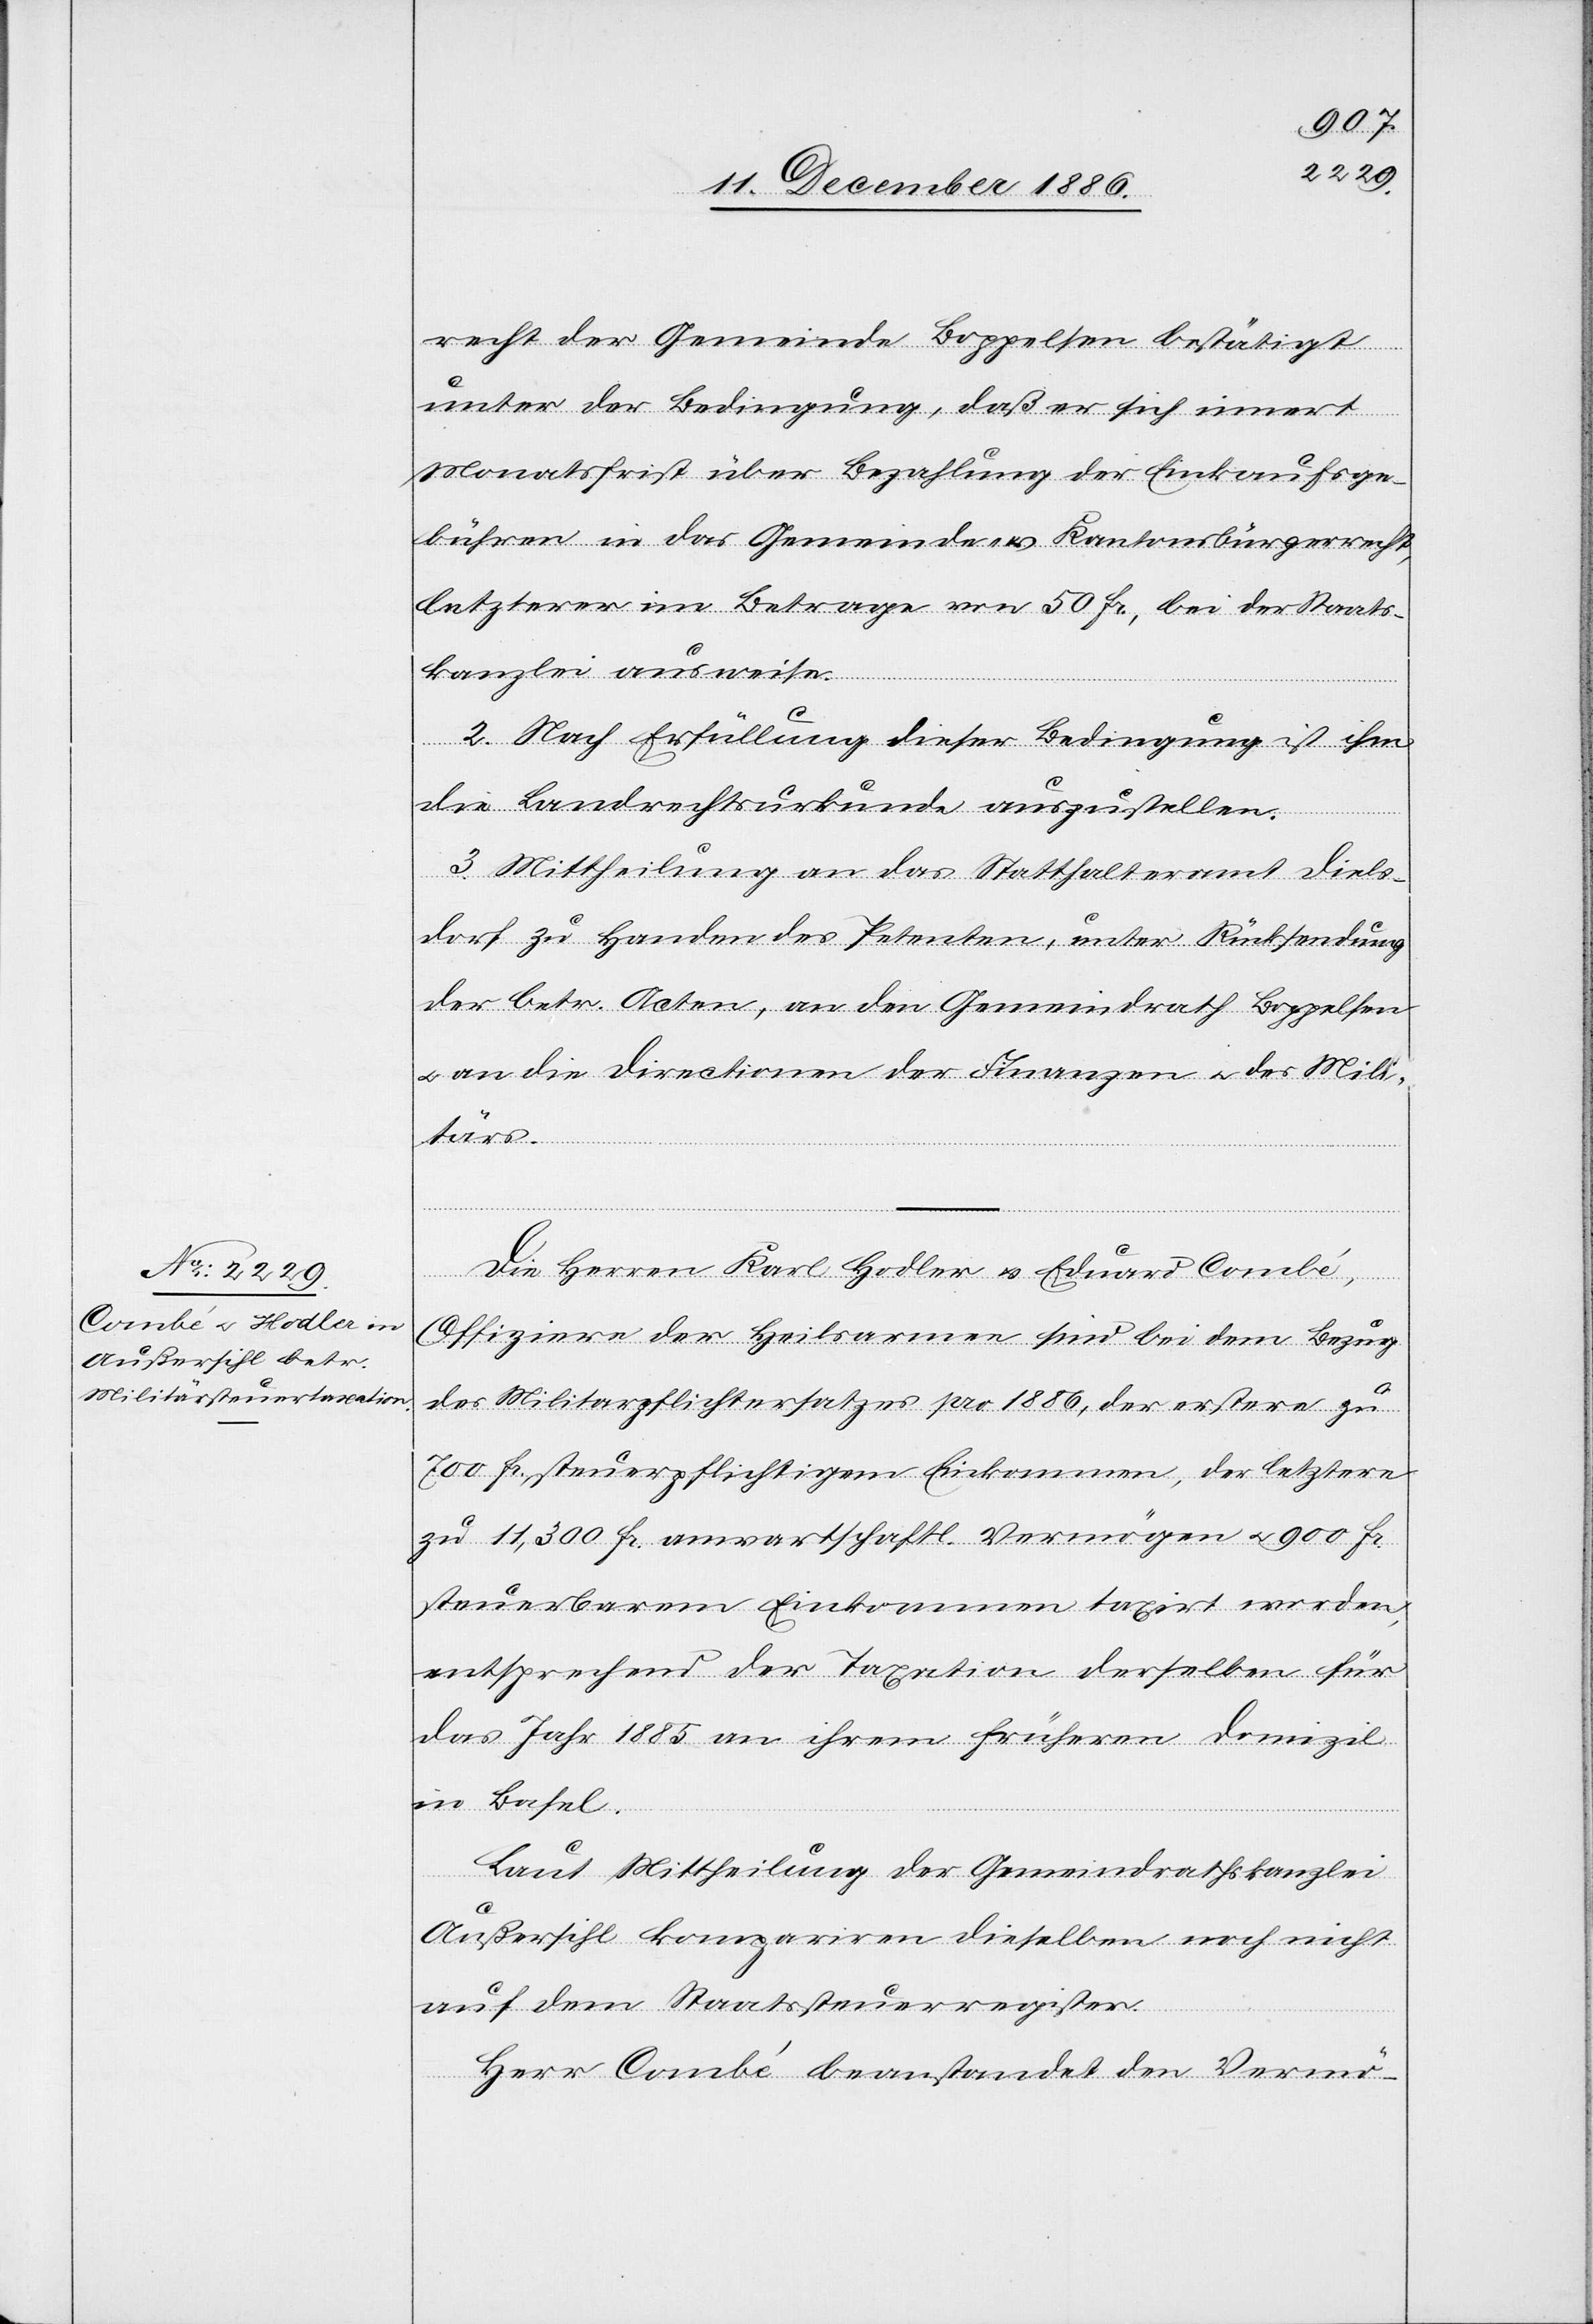
recht der Gemeinde Boppelsen bestätigt
unter der Bedingung, daß er sich innert
Monatsfrist über Bezahlung der Einkaufsge¬
bühren in das Gemeinde- & Kantonsbürgerrecht,
letzterer im Betrage von 50 Fr., bei der Staats¬
kanzlei ausweise.
2. Nach Erfüllung dieser Bedingung ist ihm
die Landrechtsurkunde auszustellen.
3. Mittheilung an das Statthalteramt Diels¬
dorf zu Handen des Petenten, unter Rücksendung
der betr. Acten, an den Gemeindrath Boppelsen
& an die Directionen der Finanzen & des Mili¬
tärs.
Die Herren Karl Hodler & Eduard Combé,
Offiziere der Heilsarmee sind bei dem Bezug
des Militarpflichtersatzes [sic!] pro 1886, der erstere zu
700 Fr. steuerpflichtigem Einkommen, der letztere
zu 11,300 Fr. anwartschaftl. Vermögen & 900 Fr.
steuerbarem Einkommen taxirt worden,
entsprechend der Taxation derselben für
das Jahr 1885 an ihrem früheren Domizil
in Basel.
Laut Mittheilung der Gemeindrathskanzlei
Außersihl kompariren dieselben noch nicht
auf dem Staatssteuerregister.
Herr Combé beanstandet den Vermö-